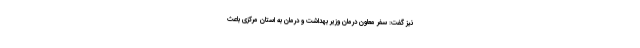
نیز گفت: سفر معاون درمان وزیر بهداشت و درمان به استان مرکزی باعث